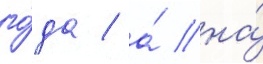
го́да / а́ на́